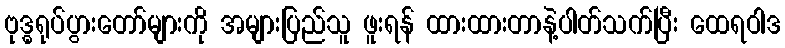
ဗုဒ္ဓရုပ်ပွားတော်များကို အများပြည်သူ ဖူးရန် ထားထားတာနဲ့ပါတ်သက်ပြီး ထေရဝါဒ